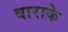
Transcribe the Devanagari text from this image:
बाराके